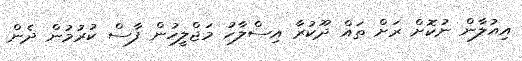
އިއުލާން ނުކޮށް ރަށް ތައް ދޫކުރާ އިސްލާހު މަޖްލީހުން ފާސް ކުރުމުން ދެން